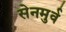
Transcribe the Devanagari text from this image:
सेनमुर्व